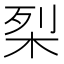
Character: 𭩶